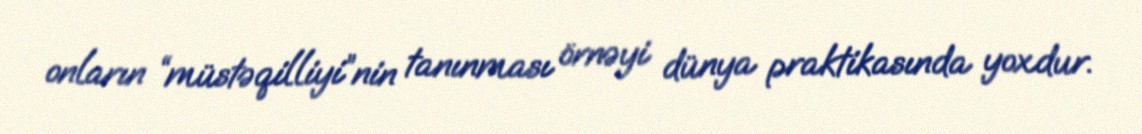
onların “müstəqilliyi”nin tanınması örnəyi dünya praktikasında yoxdur.